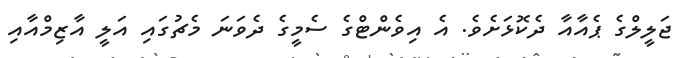
ޖަލީލްގެ ޕެއާއާ ދެކޮޅަށެވެ. އެ އިވެންޓްގެ ސެމީގެ ދެވަނަ މެޗުގައި އަލީ އާޒިމްއާއި